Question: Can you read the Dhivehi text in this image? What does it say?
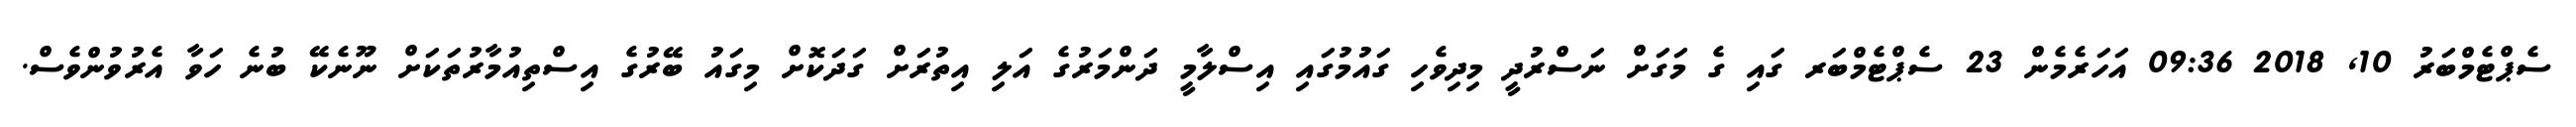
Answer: ސެޕްޓެމްބަރު 10, 2018 09:36 އަހަރެމެން 23 ސެޕްޓެމްބަރ ގައި ގެ މަގަށް ނަސްރުދީ މިދިވެހި ގައުމުގައި އިސްލާމީ ދަންމަރުގެ އަލި އިތުރަށް ގަދަކޮށް މިގައު ބޭރުގެ އިސްތިއުމާރުތަކަށް ނޫނެކޭ ބުނެ ހަވާ އެރުވުންވެސް.